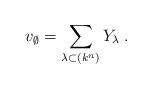
LaTeX: \begin{align*}v_{\emptyset }=\sum_{\lambda \subset (k^{n})}Y_{\lambda }\;. \end{align*}